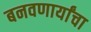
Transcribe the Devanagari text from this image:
बनवणार्यांचा